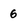
Character: 6